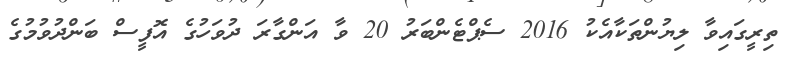
ތިރީގައިވާ ލިޔުންތަކާއެކު 2016 ސެޕްޓެންބަރު 20 ވާ އަންގާރަ ދުވަހުގެ އޮފީސް ބަންދުވުމުގެ